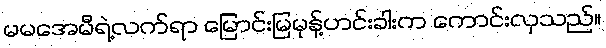
မမအေမီရဲ့လက်ရာ မြောင်းမြမုန့်ဟင်းခါးက ကောင်းလှသည်။